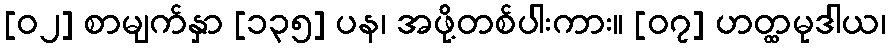
[၀၂] စာမျက်နှာ [၁၃၅] ပန၊ အဖို့တစ်ပါးကား။ [၀၇] ဟတ္ထမုဒါယ၊